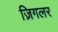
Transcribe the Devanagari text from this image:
ज़िगलर